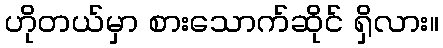
ဟိုတယ်မှာ စားသောက်ဆိုင် ရှိလား။